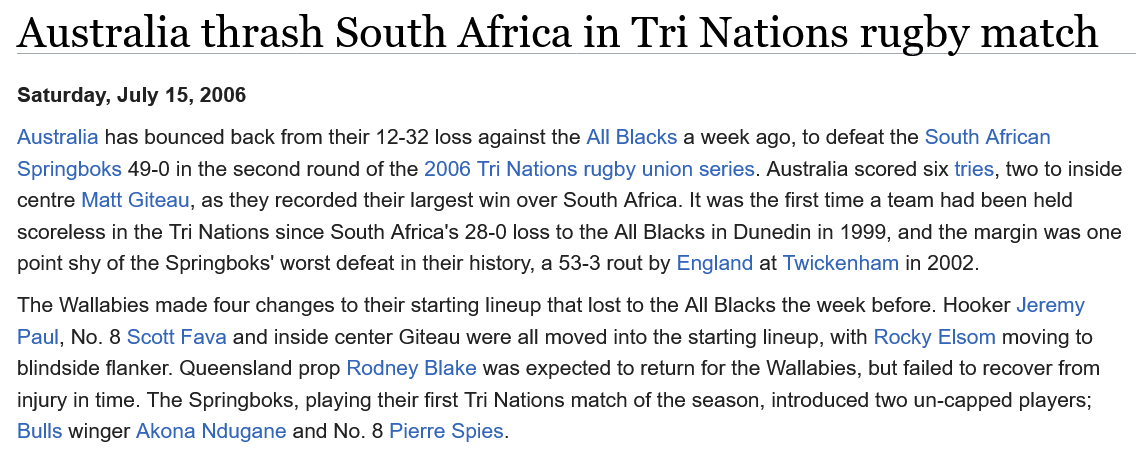
Australia has bounced back from their 12-32 loss against the All Blacks a week ago, to defeat the South African
  Springboks 49-0 in the second round of the 2006 Tri Nations rugby union series. Australia scored six tries, two to inside
  centre Matt Giteau, as they recorded their largest win over South Africa. It was the first time a team had been held
  scoreless in the Tri Nations since South Africa's 28-0 loss to the All Blacks in Dunedin in 1999, and the margin was one
  point shy of the Springboks’ worst defeat in their history, a 53-3 rout by England at Twickenham in 2002.
  The Wallabies made four changes to their starting lineup that lost to the All Blacks the week before. Hooker Jeremy
  Paul, No. 8 Scott Fava and inside center Giteau were all moved into the starting lineup, with Rocky Elsom moving to
  blindside flanker. Queensland prop Rodney Blake was expected to return for the Wallabies, but failed to recover from
  injury in time. The Springboks, playing their first Tri Nations match of the season, introduced two un-capped players;
  Bulls winger Akona Ndugane and No. 8 Pierre Spies.
  Saturday, July 15, 2006
  Australia    thrash    South    Africa    in  Tri   Nations    rugby    match